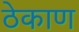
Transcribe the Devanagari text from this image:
ठेकाण